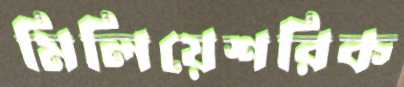
মিলিয়েশরিক